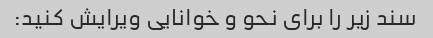
سند زیر را برای نحو و خوانایی ویرایش کنید: